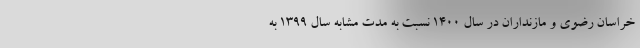
خراسان رضوی و مازنداران در سال ۱۴۰۰ نسبت به مدت مشابه سال ۱۳۹۹ به